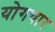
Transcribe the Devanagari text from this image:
योगचार